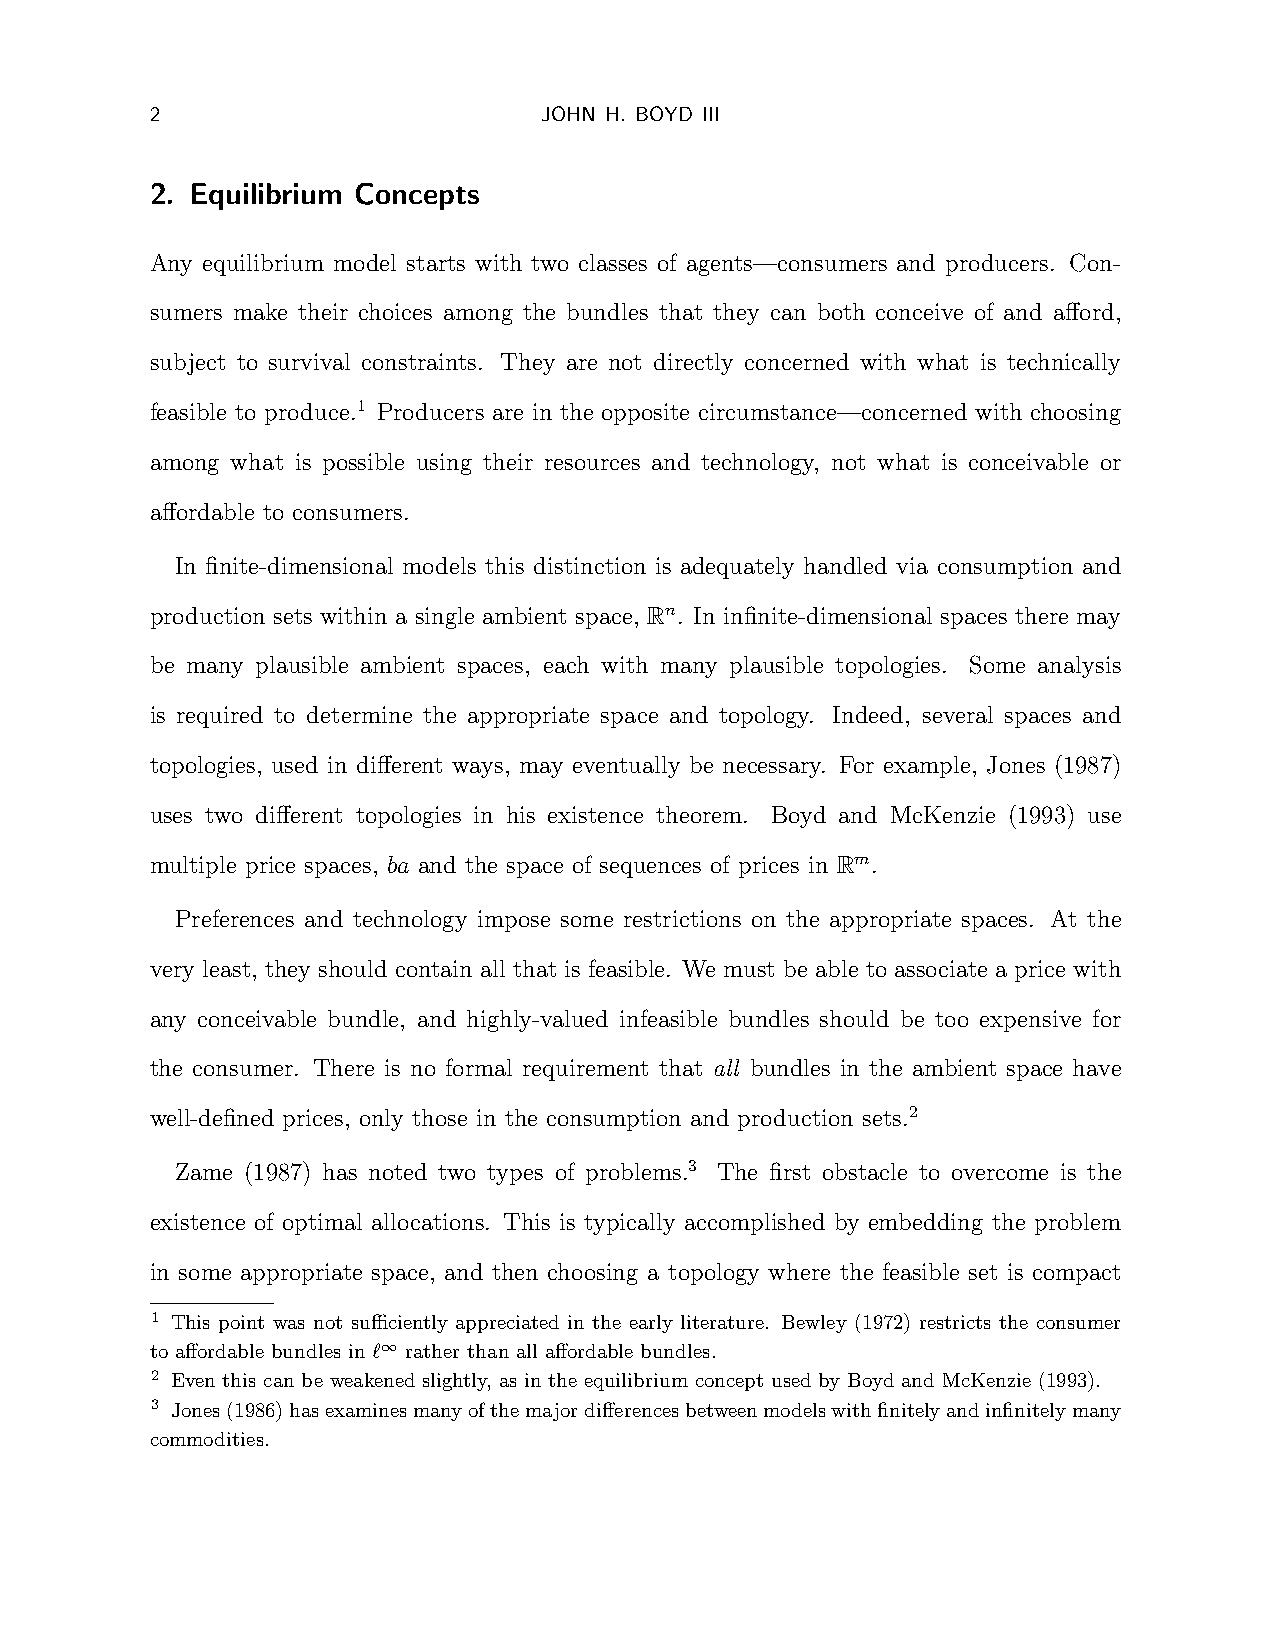
2                         JOHN H. BOYD III
 2. Equilibrium Concepts
 Any equilibrium model starts with two classes of agents—consumers and producers. Con-
 sumers make their choices among the bundles that they can both conceive of and afford,
 subject to survival constraints. They are not directly concerned with what is technically
 feasible to produce.1 Producers are in the opposite circumstance—concerned with choosing
 among what is possible using their resources and technology, not what is conceivable or
 affordable to consumers.
 In finite-dimensional models this distinction is adequately handled via consumption and
 production sets within a single ambient space, Rn. In infinite-dimensional spaces there may
 be many plausible ambient spaces, each with many plausible topologies. Some analysis
 is required to determine the appropriate space and topology. Indeed, several spaces and
 topologies, used in different ways, may eventually be necessary. For example, Jones (1987)
 uses two different topologies in his existence theorem. Boyd and McKenzie (1993) use
 multiple price spaces, ba and the space of sequences of prices in Rm.
 Preferences and technology impose some restrictions on the appropriate spaces. At the
 very least, they should contain all that is feasible. We must be able to associate a price with
 any conceivable bundle, and highly-valued infeasible bundles should be too expensive for
 the consumer. There is no formal requirement that all bundles in the ambient space have
 well-defined prices, only those in the consumption and production sets.2
 Zame (1987) has noted two types of problems.3 The first obstacle to overcome is the
 existence of optimal allocations. This is typically accomplished by embedding the problem
 in some appropriate space, and then choosing a topology where the feasible set is compact
 1 This point was not sufficiently appreciated in the early literature. Bewley (1972) restricts the consumer
 to affordable bundles in ‘∞ rather than all affordable bundles.
 2 Even this can be weakened slightly, as in the equilibrium concept used by Boyd and McKenzie (1993).
 3 Jones(1986)hasexaminesmanyofthemajordifferencesbetweenmodelswithfinitelyandinfinitelymany
 commodities.